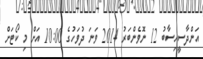
އަންދާސީހިސާބު 12 ނޮވެންބަރު 2014 ވަނަ ދުވަހުގެ 10:00 އަށް މި ކޯޓަށް